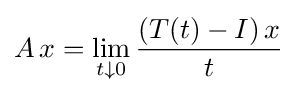
A\,x=\lim _{t\downarrow 0}{\frac {(T(t)-I)\,x}{t}}